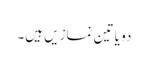
دو یا تین نمازیں ہیں۔